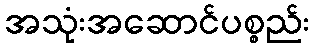
အသုံးအဆောင်ပစ္စည်း